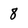
Character: 8